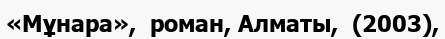
«Мұнара»,  роман, Алматы,  (2003),